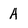
Character: A